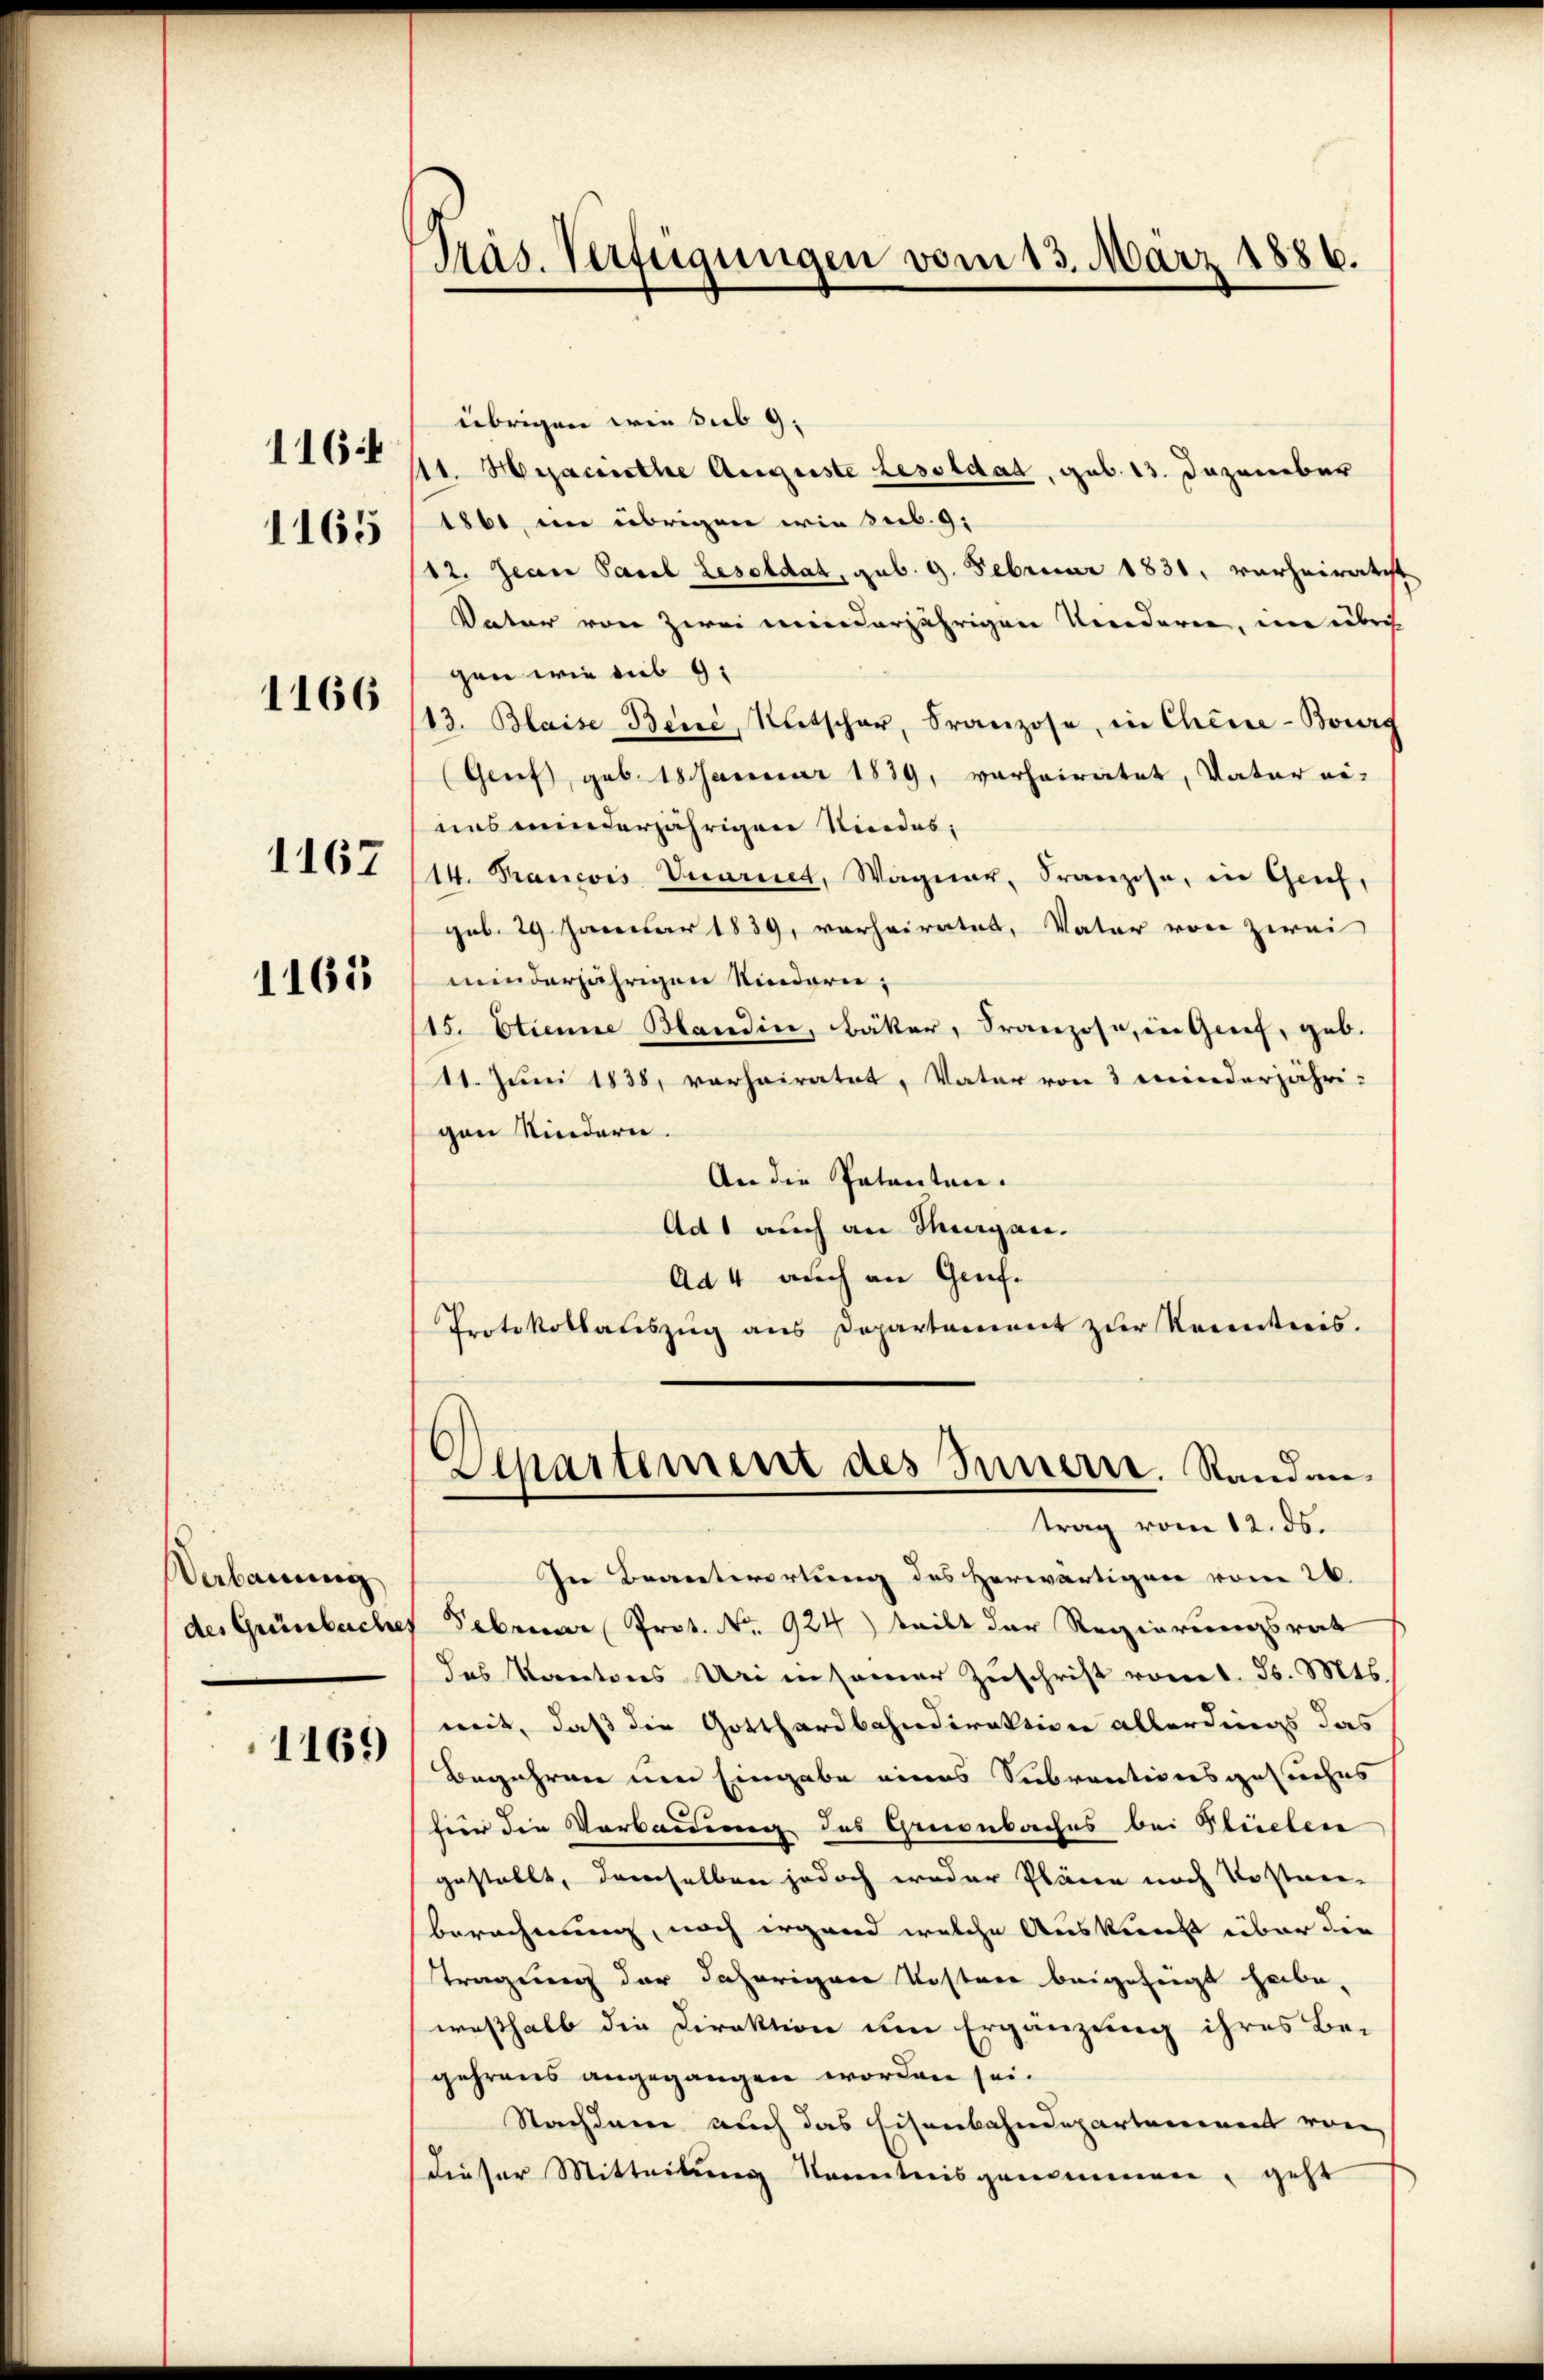
1164

1165

1166

1167

1165

Verbauung
des Grünbache

1165

Präs. Verfügungen vom 13. März 1886.

übrigen wie sub 9.
11. Hejacriethe Auguste Lesoldat, geb. 13. Dezember
1861, im übrigen wie sub. 9.
12. Jean Pareil Lesoldat, sub. 9. Februar 1831, verheiratist
Vater von zwei minderjährigen Niederie, im übrig
gen wie aus 9.
113. Blaise Bene, Ratscher, Franzose, in Chine-Bourg
(Genf, geb. 18 Januar 1839, verheiratet, Vater ei-
ues minderjährigen Kindes,
14. Francois, Vuariret, Wagner, Franzose, in Genf,
geb. 29 Januar 1839, verheiratet, Vater von zwei
minderjährigen Kindern;
115. Etienne Bandin, Bäker, Franzose, in Grief, geb.
11. Juni 1838, verheiratet, Vater von 3 minderjähri-
gen Kindern.
An die Patenten.
Ad 1 auch an Mengen.
Ad 4 auch an Genf.
Protokollauszug aus Departement zur Kenntnis.
Aepartement des Innerre. Standantrag vom 12. ds.
In Beantwortung des Herwärtigen vom 26.
Februar Prot. No. 924) teilt der Regierungsrat
das Kantons Uri insamer Zuschrift vom 1. d. Mts.
weit, daß die Gotthardbahndirektion allerdings das
Begehren um Eingabe eines Subventionsgesuches
fier die Verbauung des Grionbaches bei Gleichen
gestellt, demselben jedoch weder Plänen noch kosten-
berechnung, noch irgend welche Auskunft über die
tragung der daherigen Kostere beigefügt habe,
weßhalb die Direktion um Ergänzung ihres Be-
gehrens angegangen worden sei.
Nachdem nach das Eisenbahndepartement von
dieser Mitteilung Kenntnisgenommen, geht